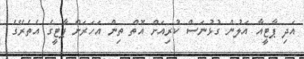
އަދި ޕާޓީއާ އަލުން ގުޅުނަސް ކުރިއަށް އޮތް ތިން އަހަރަށް ޕާޓީގެ އެތެރޭގެ